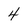
Character: 4